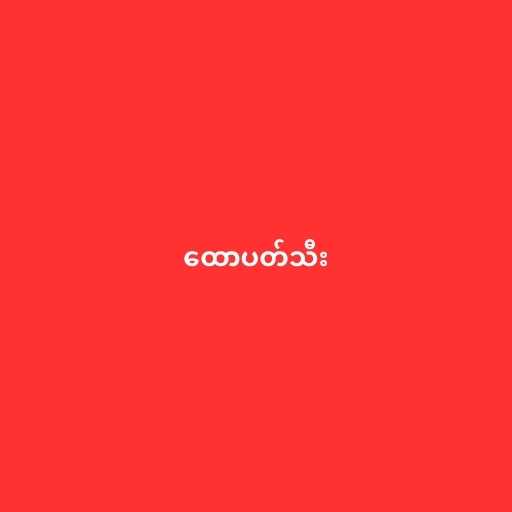
ထောပတ်သီး